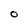
Character: 0